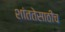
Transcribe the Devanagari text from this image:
शांततेसाठीच